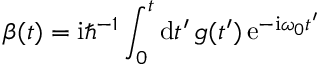
\beta ( t ) = \mathrm { i } \hbar ^ { - 1 } \int _ { 0 } ^ { t } \mathrm { d } t ^ { \prime } \, g ( t ^ { \prime } ) \, \mathrm { e } ^ { - \mathrm { i } \omega _ { 0 } t ^ { \prime } }